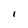
Character: i